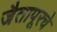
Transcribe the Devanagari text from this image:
जैतापूरचे